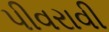
પીવરાવી